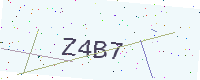
Text: Z4B7